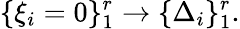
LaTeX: \{ \xi_{i}=0\} _{1}^{r}\rightarrow\{ \Delta_{i}\} _{1}^{r}.